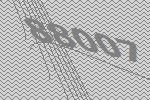
88007